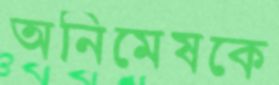
অনিমেষকে